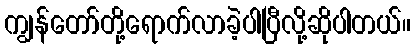
ကျွန်တော်တို့ရောက်လာခဲ့ပါပြီလို့ဆိုပါတယ်။